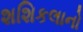
શશિકલાનો